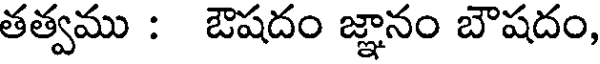
తత్వము : ఔషదం జ్ఞానం బౌషదం,